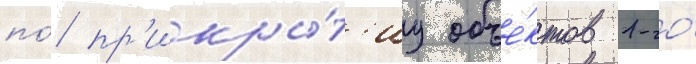
по́ пр'икры́т'иу объе́ктов 1-го́